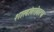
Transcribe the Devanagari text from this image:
शाखांबरोबरच